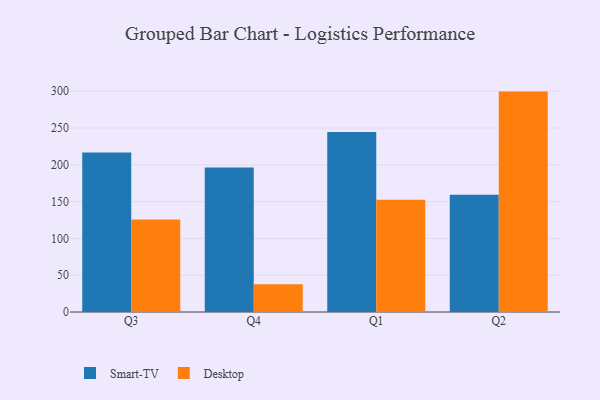
{"axis": {"x": "Quarter", "y": "LTV (USD)"}, "legend": ["Desktop", "Smart-TV"], "data": [{"x": "Q3", "y": 216.8, "type": "Smart-TV"}, {"x": "Q3", "y": 125.8, "type": "Desktop"}, {"x": "Q4", "y": 196.5, "type": "Smart-TV"}, {"x": "Q4", "y": 37.7, "type": "Desktop"}, {"x": "Q1", "y": 244.5, "type": "Smart-TV"}, {"x": "Q1", "y": 152.6, "type": "Desktop"}, {"x": "Q2", "y": 159.5, "type": "Smart-TV"}, {"x": "Q2", "y": 299.5, "type": "Desktop"}]}